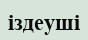
іздеуші